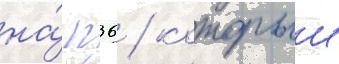
на́ п36 / которыи